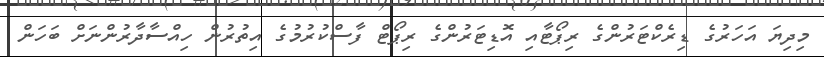
މިދިޔަ އަހަރުގެ ޑިރެކްޓަރުންގެ ރިޕޯޓާއި އޮޑިޓަރުންގެ ރިޕޯޓް ފާސްކުރުމުގެ އިތުރުން ހިއްސާދާރުންނަށް ބަހަން